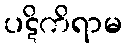
ပဋိကိရာမ